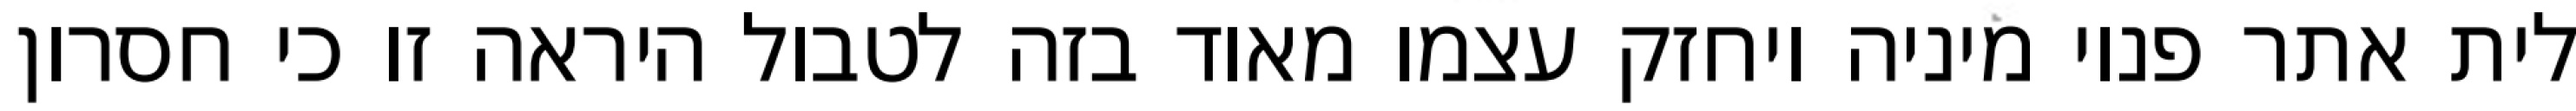
לית אתר פנוי מיניה ויחזק עצמו מאוד בזה לטבול היראה זו כי חסרון